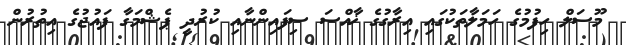
މޫސަލް ހިފުމުގެ ހަމަލާތަކުގައި އިރާގުގެ ޚާއްސަ ސިފައިންނާއި ކުރުދީ ޕެޝްމަގާ ފައުޖުގެ އިތުރުން